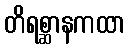
တိရစ္ဆာနကထာ